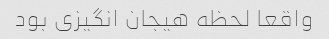
واقعا لحظه هیجان انگیزی بود